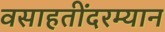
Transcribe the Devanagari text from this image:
वसाहतींदरम्यान